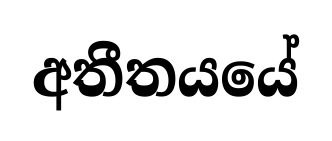
අතීතයයේ